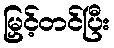
မြှင့်တင်ပြီး